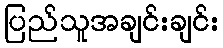
ပြည်သူအချင်းချင်း